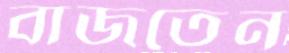
বাজতেন